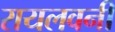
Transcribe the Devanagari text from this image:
रायलवनी